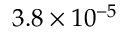
3 . 8 \times 1 0 ^ { - 5 }